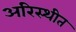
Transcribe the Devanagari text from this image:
अरिस्थीत